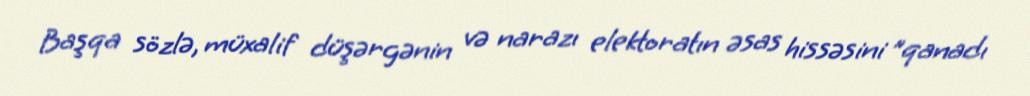
Başqa sözlə, müxalif düşərgənin və narazı elektoratın əsas hissəsini ”qanadı